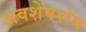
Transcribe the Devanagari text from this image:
अवशेषरोम